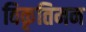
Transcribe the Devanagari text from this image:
विकृतिमन